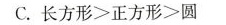
C.$$长 方 形 > 正 方 形 ＞ 圆$$